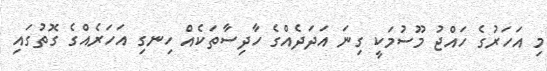
މި އަހަރުގެ ހައްޖު މޫސުމަކީ ގިނަ އަދަދެއްގެ ހާދިސާތަކެއް ހިނގި އަހަރެއްގެ ގޮތުގައި